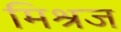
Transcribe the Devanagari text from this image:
मिश्रज